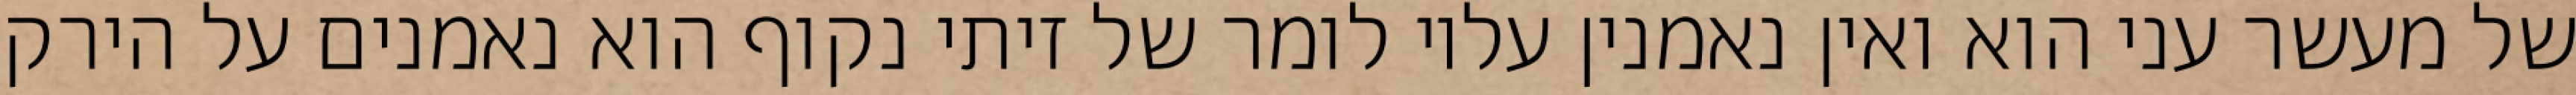
של מעשר עני הוא ואין נאמנין עליו לומר של זיתי נקוף הוא נאמנים על הירק